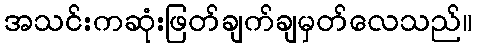
အသင်းကဆုံးဖြတ်ချက်ချမှတ်လေသည်။